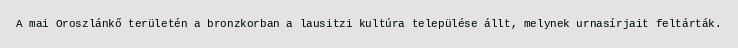
A mai Oroszlánkő területén a bronzkorban a lausitzi kultúra települése állt, melynek urnasírjait feltárták.